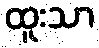
ထူးသာ